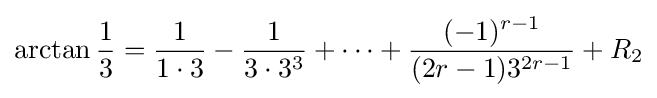
\arctan {\frac {1}{3}}={\frac {1}{1\cdot 3}}-{\frac {1}{3\cdot 3^{3}}}+\cdots +{\frac {(-1)^{r-1}}{(2r-1)3^{2r-1}}}+R_{2}